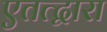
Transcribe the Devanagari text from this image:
एतत्द्वारा